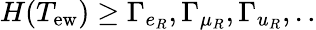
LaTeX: H(T_{\mathrm{ew}})\geq\Gamma_{e_{R}},\Gamma_{\mu_{R}},\Gamma_{u_{R}},..